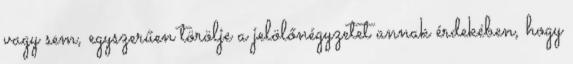
vagy sem, egyszerűen törölje a jelölőnégyzetet annak érdekében, hogy